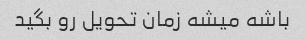
باشه میشه زمان تحویل رو بگید